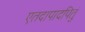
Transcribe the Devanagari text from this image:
एतदापादपितुं